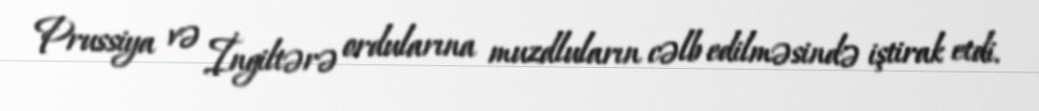
Prussiya və İngiltərə ordularına muzdluların cəlb edilməsində iştirak etdi.